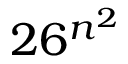
2 6 ^ { n ^ { 2 } }